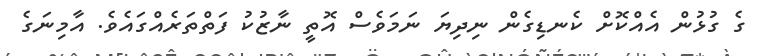
ގެ ގުޅުން އެއްކޮށް ކެނޑިގެން ނިދިޔަ ނަމަވެސް އޮތީ ނާޒުކު ފަތްތަރެއްގައެވެ. އާމިނަގެ